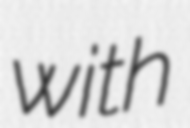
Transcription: with